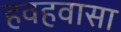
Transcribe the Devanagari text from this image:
हवहवासा